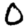
Digit: 0